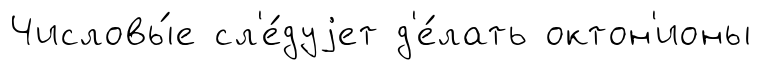
Числовы́е сл'е́дуjет д'е́лать октон'ионы